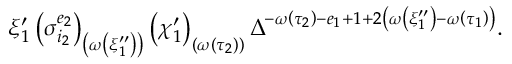
\xi _ { 1 } ^ { \prime } \left( \sigma _ { i _ { 2 } } ^ { e _ { 2 } } \right) _ { \left( \omega \left( \xi _ { 1 } ^ { \prime \prime } \right) \right) } \left( \chi _ { 1 } ^ { \prime } \right) _ { \left( \omega \left( \tau _ { 2 } \right) \right) } \Delta ^ { - \omega \left( \tau _ { 2 } \right) - e _ { 1 } + 1 + 2 \left( \omega \left( \xi _ { 1 } ^ { \prime \prime } \right) - \omega \left( \tau _ { 1 } \right) \right) } .